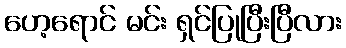
ဟေ့ရောင် မင်း ရှင်ပြုပြီးပြီလား